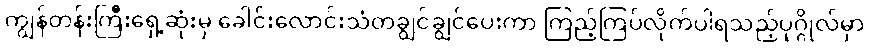
ကျွန်တန်းကြီးရှေ့ဆုံးမှ ခေါင်းလောင်းသံတချွင်ချွင်ပေးကာ ကြည့်ကြပ်လိုက်ပါရသည့်ပုဂ္ဂိုလ်မှာ